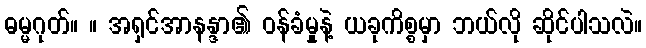
ဓမ္မဂုတ်။ ။ အရှင်အာနန္ဒာ၏ ဝန်ခံမှုနဲ့ ယခုကိစ္စမှာ ဘယ်လို ဆိုင်ပါသလဲ။